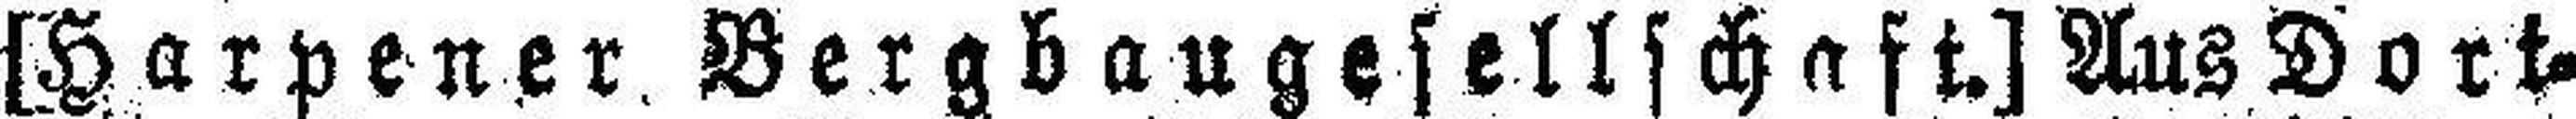
[Harpener Bergbaugesellschaft. Aus Dort¬